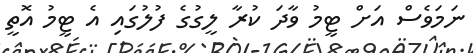
ނަމަވެސް އަށް ޓީމު ވާދަ ކުރާ ލީގުގެ ފުލުގައި އެ ޓީމު އޮތީ